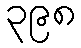
၃၉၈